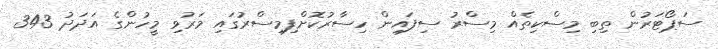
ސަޕޯޓަރުން ތިބި މިސްކިތެއް މިސްރު ސިފައިން ހިސާރުކޮށްފިމިސްރުގައި މަރުވި މީހުންގެ އަދަދު 343